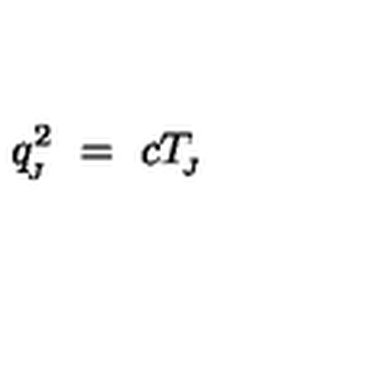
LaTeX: q _ { \! _ { J } } ^ { 2 } \ = \ c T _ { \! _ { J } }